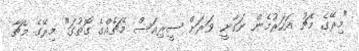
"މިރޭގެ މެޗު އަހަރުމެން ނަގާނީ ވަރަށް ސީރިއަސް މެޗެއްގެ ގޮތުގަ" މިރޭގެ މެޗާ